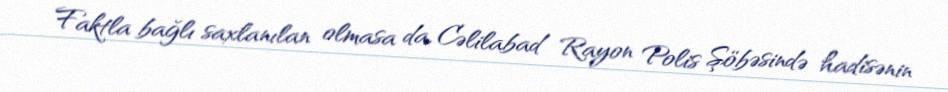
Faktla bağlı saxlanılan olmasa da, Cəlilabad Rayon Polis Şöbəsində hadisənin